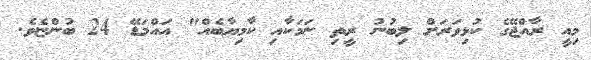
މިއީ ރާއްޖޭގެ ކުޅިވަރަށް ލިބުނު ރީތި ނަމަކާއި ކާމިޔާބެއް" އައްމަޑޭ 24 ބުންޏެވެ.